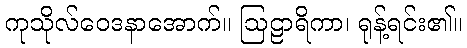
ကုသိုလ်ဝေဒနာအောက်။ ဩဠာရိကာ၊ ရုန့်ရင်း၏။